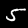
Digit: 5